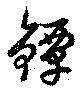
鐔